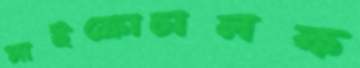
মাইক্রোচালক